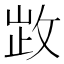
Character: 𢽗